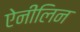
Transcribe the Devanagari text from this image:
ऐनीलिन